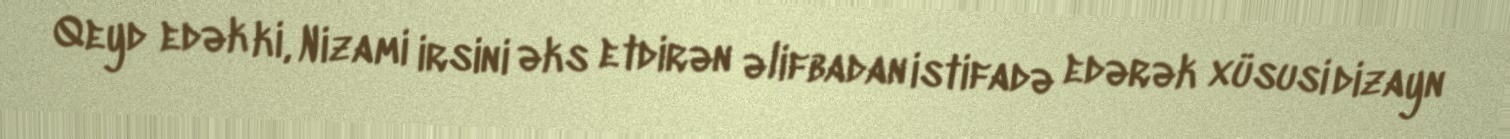
Qeyd edək ki, Nizami irsini əks etdirən əlifbadan istifadə edərək xüsusi dizayn